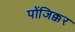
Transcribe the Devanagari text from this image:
पोंजिक्कर